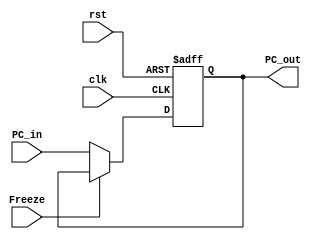
module PC
  (
    input clk,
    input rst,
    input Freeze,
    input [31:0] PC_in,
    output reg [31:0] PC_out
  );

  always @(posedge clk, posedge rst)  begin
      if (rst)
        PC_out <= 32'b0;
      else if (Freeze == 1'b0)
        PC_out <= PC_in;
    end

endmodule